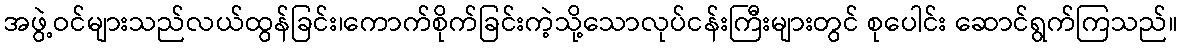
အဖွဲ့ဝင်များသည်လယ်ထွန်ခြင်း၊ကောက်စိုက်ခြင်းကဲ့သို့သောလုပ်ငန်းကြီးများတွင် စုပေါင်း ဆောင်ရွက်ကြသည်။